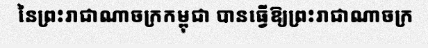
នៃព្រះរាជាណាចក្រកម្ពុជា បានធ្វើឱ្យព្រះរាជាណាចក្រ